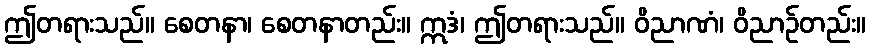
ဤတရားသည်။ စေတနာ၊ စေတနာတည်း။ ဣဒံ၊ ဤတရားသည်။ ဝိညာဏံ၊ ဝိညာဉ်တည်း။